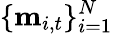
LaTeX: \{ \mathbf{m}_{i,t}\} _{i=1}^{N}